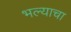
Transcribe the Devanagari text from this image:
भल्याचा